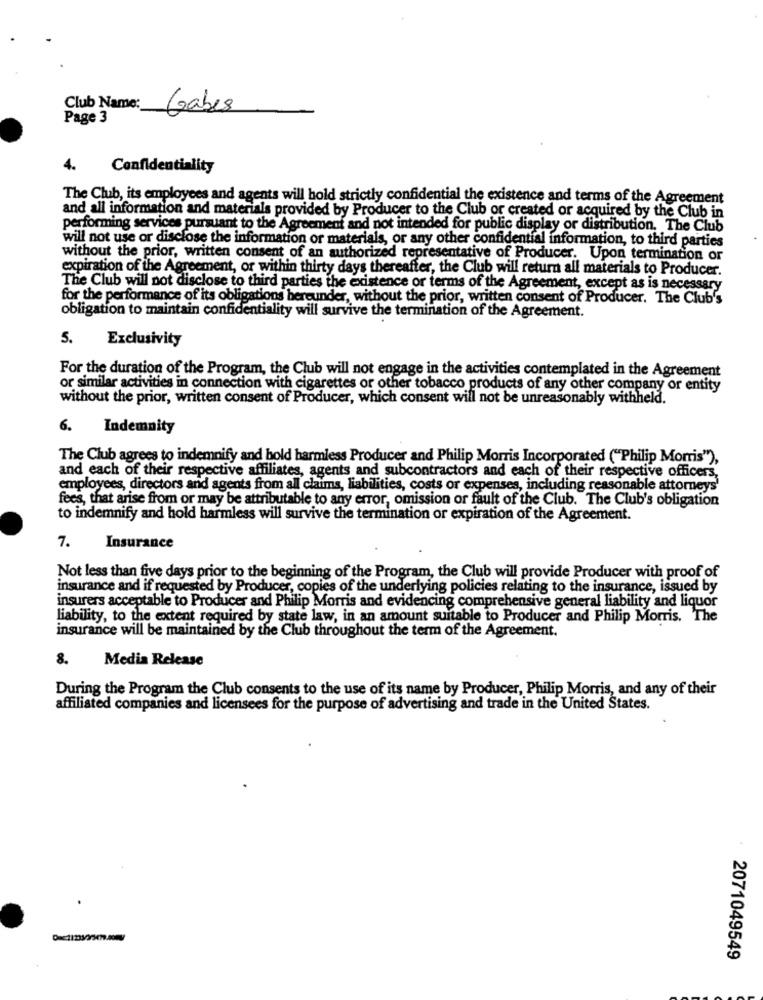
Club Name :_
Gabes
Page 3
4.
Confidentiality
The Club, its employees and agents will hold strictly confidential the existence and terms of the Agreement
and all information and materials provided by Producer to the Club or created or acquired by the Club in
performing services pursuant to the Agreement and not intended for public display or distribution. The Club
will not use or disclose the information or materials, or any other confidential information, to third parties
without the prior, written consent of an authorized representative of Producer. Upon termination or
expiration of the Agreement, or within thirty days thereafter, the Club will return all materials to Producer.
The Club will not disclose to third parties the existence or terms of the Agreement, except as is necessary
for the performance of its obligations hereunder, without the prior, written consent of Producer. The Club's
obligation to maintain confidentiality will survive the termination of the Agreement.
5.
Exclusivity
For the duration of the Program, the Club will not engage in the activities contemplated in the Agreement
or similar activities in connection with cigarettes or other tobacco products of any other company or entity
without the prior, written consent of Producer, which consent will not be unreasonably withheld.
6.
Indemnity
The Club agrees to indemnify and hold harmless Producer and Philip Morris Incorporated ("Philip Morris"),
and each of their respective affiliates, agents and subcontractors and each of their respective officers,
employees, directors and agents from all claims, liabilities, costs or expenses, including reasonable attorneys'
fees, that arise from or may be attributable to any error, omission or fault of the Club. The Club's obligation
to indemnify and hold harmless will survive the termination or expiration of the Agreement.
7.
Insurance
Not less than five days prior to the beginning of the Program, the Club will provide Producer with proof of
insurance and if requested by Producer, copies of the underlying policies relating to the insurance, issued by
insurers acceptable to Producer and Philip Morris and evidencing comprehensive general liability and liquor
liability, to the extent required by state law, in an amount suitable to Producer and Philip Morris. The
insurance will be maintained by the Club throughout the term of the Agreement.
8.
Media Release
During the Program the Club consents to the use of its name by Producer, Philip Morris, and any of their
affiliated companies and licensees for the purpose of advertising and trade in the United States.
2071049549